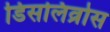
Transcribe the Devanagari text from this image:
डिसलिव्रोस